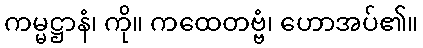
ကမ္မဋ္ဌာနံ၊ ကို။ ကထေတဗ္ဗံ၊ ဟောအပ်၏။